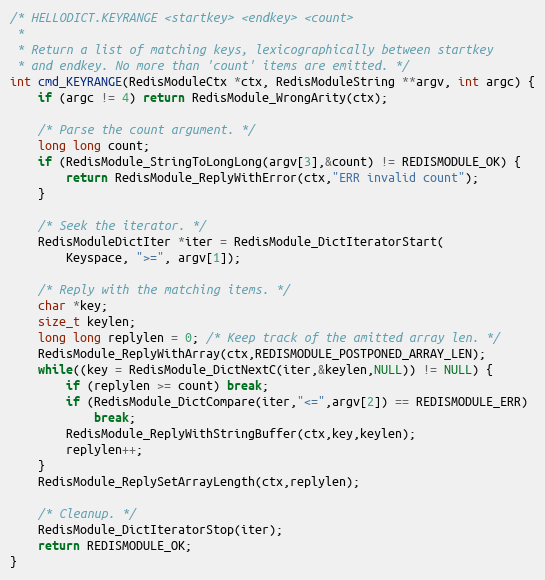
Language: C
/* HELLODICT.KEYRANGE <startkey> <endkey> <count>
 *
 * Return a list of matching keys, lexicographically between startkey
 * and endkey. No more than 'count' items are emitted. */
int cmd_KEYRANGE(RedisModuleCtx *ctx, RedisModuleString **argv, int argc) {
    if (argc != 4) return RedisModule_WrongArity(ctx);

    /* Parse the count argument. */
    long long count;
    if (RedisModule_StringToLongLong(argv[3],&count) != REDISMODULE_OK) {
        return RedisModule_ReplyWithError(ctx,"ERR invalid count");
    }

    /* Seek the iterator. */
    RedisModuleDictIter *iter = RedisModule_DictIteratorStart(
        Keyspace, ">=", argv[1]);

    /* Reply with the matching items. */
    char *key;
    size_t keylen;
    long long replylen = 0; /* Keep track of the amitted array len. */
    RedisModule_ReplyWithArray(ctx,REDISMODULE_POSTPONED_ARRAY_LEN);
    while((key = RedisModule_DictNextC(iter,&keylen,NULL)) != NULL) {
        if (replylen >= count) break;
        if (RedisModule_DictCompare(iter,"<=",argv[2]) == REDISMODULE_ERR)
            break;
        RedisModule_ReplyWithStringBuffer(ctx,key,keylen);
        replylen++;
    }
    RedisModule_ReplySetArrayLength(ctx,replylen);

    /* Cleanup. */
    RedisModule_DictIteratorStop(iter);
    return REDISMODULE_OK;
}